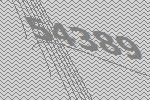
54389